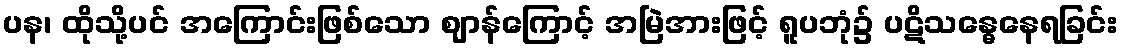
ပန၊ ထိုသို့ပင် အကြောင်းဖြစ်သော ဈာန်ကြောင့် အမြဲအားဖြင့် ရူပဘုံ၌ ပဋိသန္ဓေနေရခြင်း